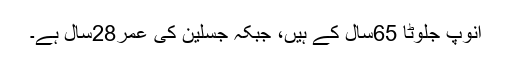
انوپ جلوٹا 65سال کے ہیں، جبکہ جسلین کی عمر28سال ہے۔